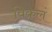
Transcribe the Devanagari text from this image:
विकलं